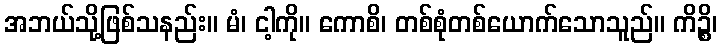
အဘယ်သို့ဖြစ်သနည်း။ မံ၊ ငါ့ကို။ ကောစိ၊ တစ်စုံတစ်ယောက်သောသူည်။ ကိဉ္စိ၊